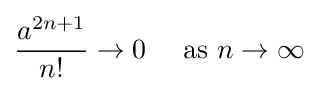
{\frac {a^{2n+1}}{n!}}\to 0\quad {\text{ as }}n\to \infty